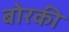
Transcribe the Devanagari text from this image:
बोरकी